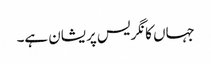
جہاں کانگریس پریشان ہے۔